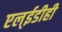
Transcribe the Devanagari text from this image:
एल्‌ईडीही